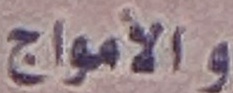
والأمواج